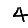
Digit: 4